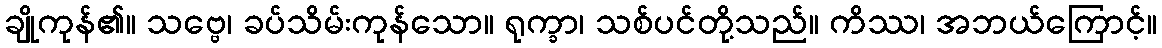
ချိုကုန်၏။ သဗ္ဗေ၊ ခပ်သိမ်းကုန်သော။ ရုက္ခာ၊ သစ်ပင်တို့သည်။ ကိဿ၊ အဘယ်ကြောင့်။